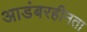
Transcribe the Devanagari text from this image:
आडंबरहीनता